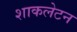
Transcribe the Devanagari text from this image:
शाकलेटन